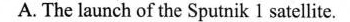
A. The launch of the Sputnik 1 satellite.